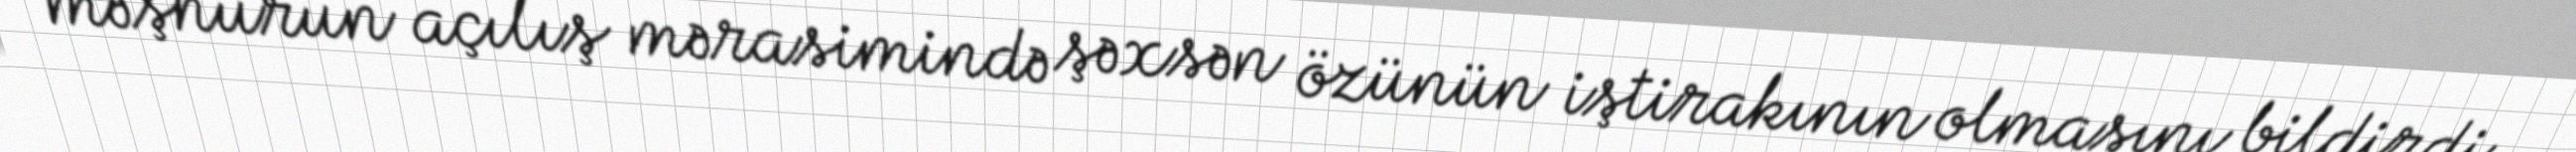
məşhurun açılış mərasimində şəxsən özünün iştirakının olmasını bildirdi.